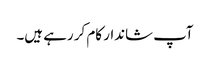
آپ شاندار کام کر رہے ہیں۔